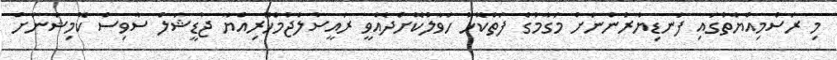
މި ރަސްމިއްޔާތުގައި ފަނޑިޔާރުންނަށް މަގާމުގެ ފަތްކޮޅު ހަވާލުކޮށްދެއްވީ ރައީސުލްޖުމްހޫރިއްޔާ ޖުޑީޝަލް ސާވިސް ކޮމިޝަނަށް